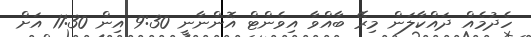
ހެދުމެއް ދައްކާލަން މިރޭ ބާއްވާ އިވެންޓް އޮންނާނީ 9:30 އިން 11:30 އަށް